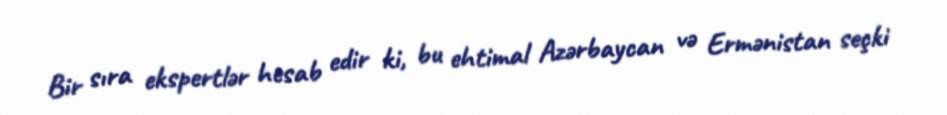
Bir sıra ekspertlər hesab edir ki, bu ehtimal Azərbaycan və Ermənistan seçki